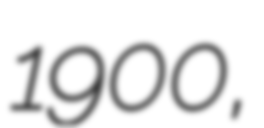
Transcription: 1900,